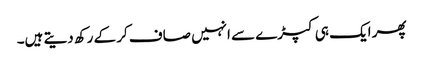
پھر ایک ہی کپڑے سے انہیں صاف کر کے رکھ دیتے ہیں۔